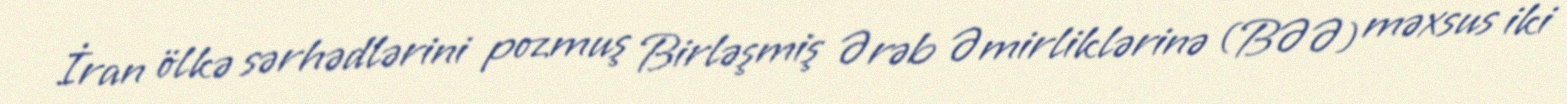
İran ölkə sərhədlərini pozmuş Birləşmiş Ərəb Əmirliklərinə (BƏƏ) məxsus iki